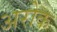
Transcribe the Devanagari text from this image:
अरोक